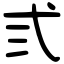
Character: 弎